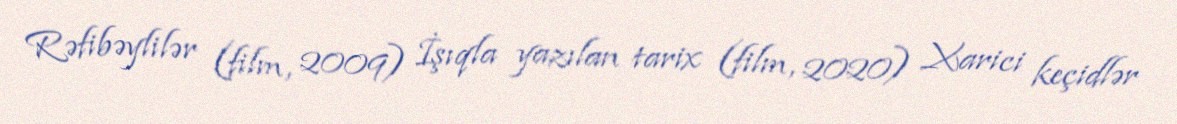
Rəfibəylilər (film, 2009) İşıqla yazılan tarix (film, 2020) Xarici keçidlər